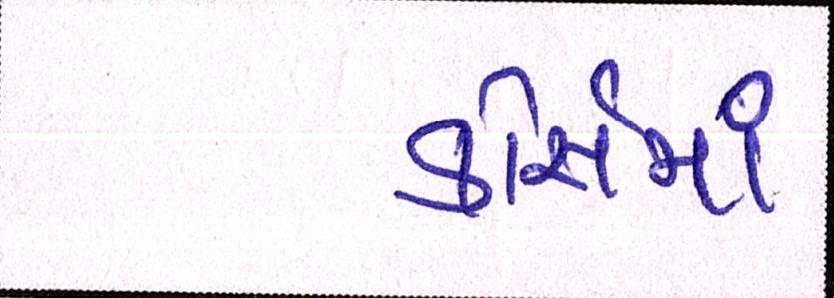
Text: કોસૅમાં